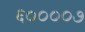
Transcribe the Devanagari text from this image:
६००००७